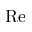
\operatorname { R e }